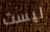
ليست